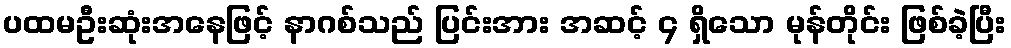
ပထမဦးဆုံးအနေဖြင့် နာဂစ်သည် ပြင်းအား အဆင့် ၄ ရှိသော မုန်တိုင်း ဖြစ်ခဲ့ပြီး